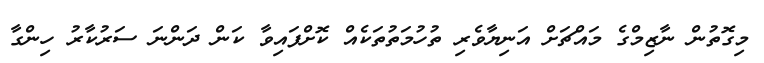
މިގޮތުން ނާޒިމްގެ މައްޗަށް އަނިޔާވެރި ތުހުމަތުތަކެއް ކޮށްފައިވާ ކަން ދަންނަ ސަރުކާރު ހިންގާ